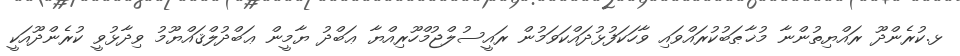
ޅ.ކުރެންދޫ ރައްޔިތުންނާ މުޚާޠަބުކުރައްވައި ވާހަކަފުޅުދައްކަވަމުން ރައީސުލްޖުމްހޫރިއްޔާ ޢަބްދު ޔާމީން ޢަބްދުލްޤައްޔޫމު ވިދާޅުވީ ކުރެންދޫއަކީ